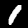
Digit: 1